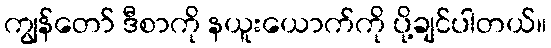
ကျွန်တော် ဒီစာကို နယူးယောက်ကို ပို့ချင်ပါတယ်။